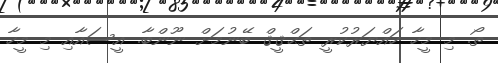
ތޯ. މި މީހާ ހައްޔަރުކުރީ ތަޙްޤީޤް ބޭނުމަށް ނޫންބާ. އީސައާއި މި މީހާ